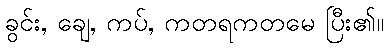
ခွင်း, ချေ, ကပ်, ကတရကတမေ ပြီး၏။